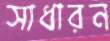
সাধারন